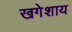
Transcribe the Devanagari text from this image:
खगेशाय